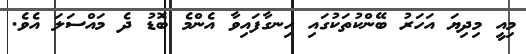
މިއީ މިދިޔަ އަހަރު ބޭންކުތަކުގައި ހިނގާފައިވާ އެންމެ ބޮޑު ދެ މައްސަލަ އެވެ.